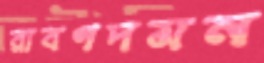
রাবণদমন